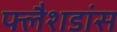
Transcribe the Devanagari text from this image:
फ्लैशडांस